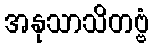
အနုသာသိတဗ္ဗံ